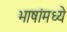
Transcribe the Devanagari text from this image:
भाषांमध्‍ये